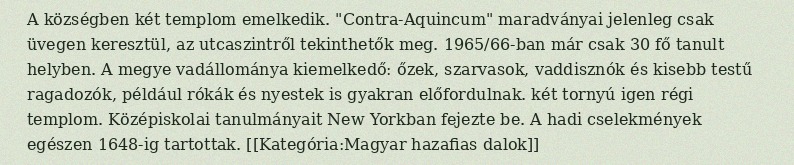
A községben két templom emelkedik. "Contra-Aquincum" maradványai jelenleg csak üvegen keresztül, az utcaszintről tekinthetők meg. 1965/66-ban már csak 30 fő tanult helyben. A megye vadállománya kiemelkedő: őzek, szarvasok, vaddisznók és kisebb testű ragadozók, például rókák és nyestek is gyakran előfordulnak. két tornyú igen régi templom. Középiskolai tanulmányait New Yorkban fejezte be. A hadi cselekmények egészen 1648-ig tartottak. [[Kategória:Magyar hazafias dalok]]